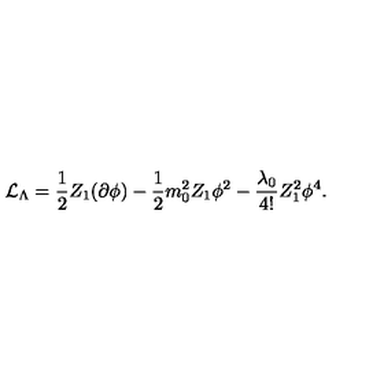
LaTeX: { \cal { L } } _ { \Lambda } = \frac { 1 } { 2 } Z _ { 1 } ( \partial \phi ) - \frac { 1 } { 2 } m _ { 0 } ^ { 2 } Z _ { 1 } \phi ^ { 2 } - \frac { \lambda _ { 0 } } { 4 ! } Z _ { 1 } ^ { 2 } \phi ^ { 4 } .